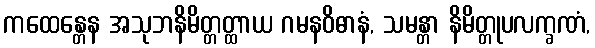
ကထေန္တေန အသုဘနိမိတ္တတ္ထာယ ဂမနဝိဓာနံ, သမန္တာ နိမိတ္တုပလက္ခဏံ,